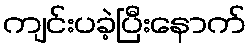
ကျင်းပခဲ့ပြီးနောက်